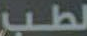
لطب